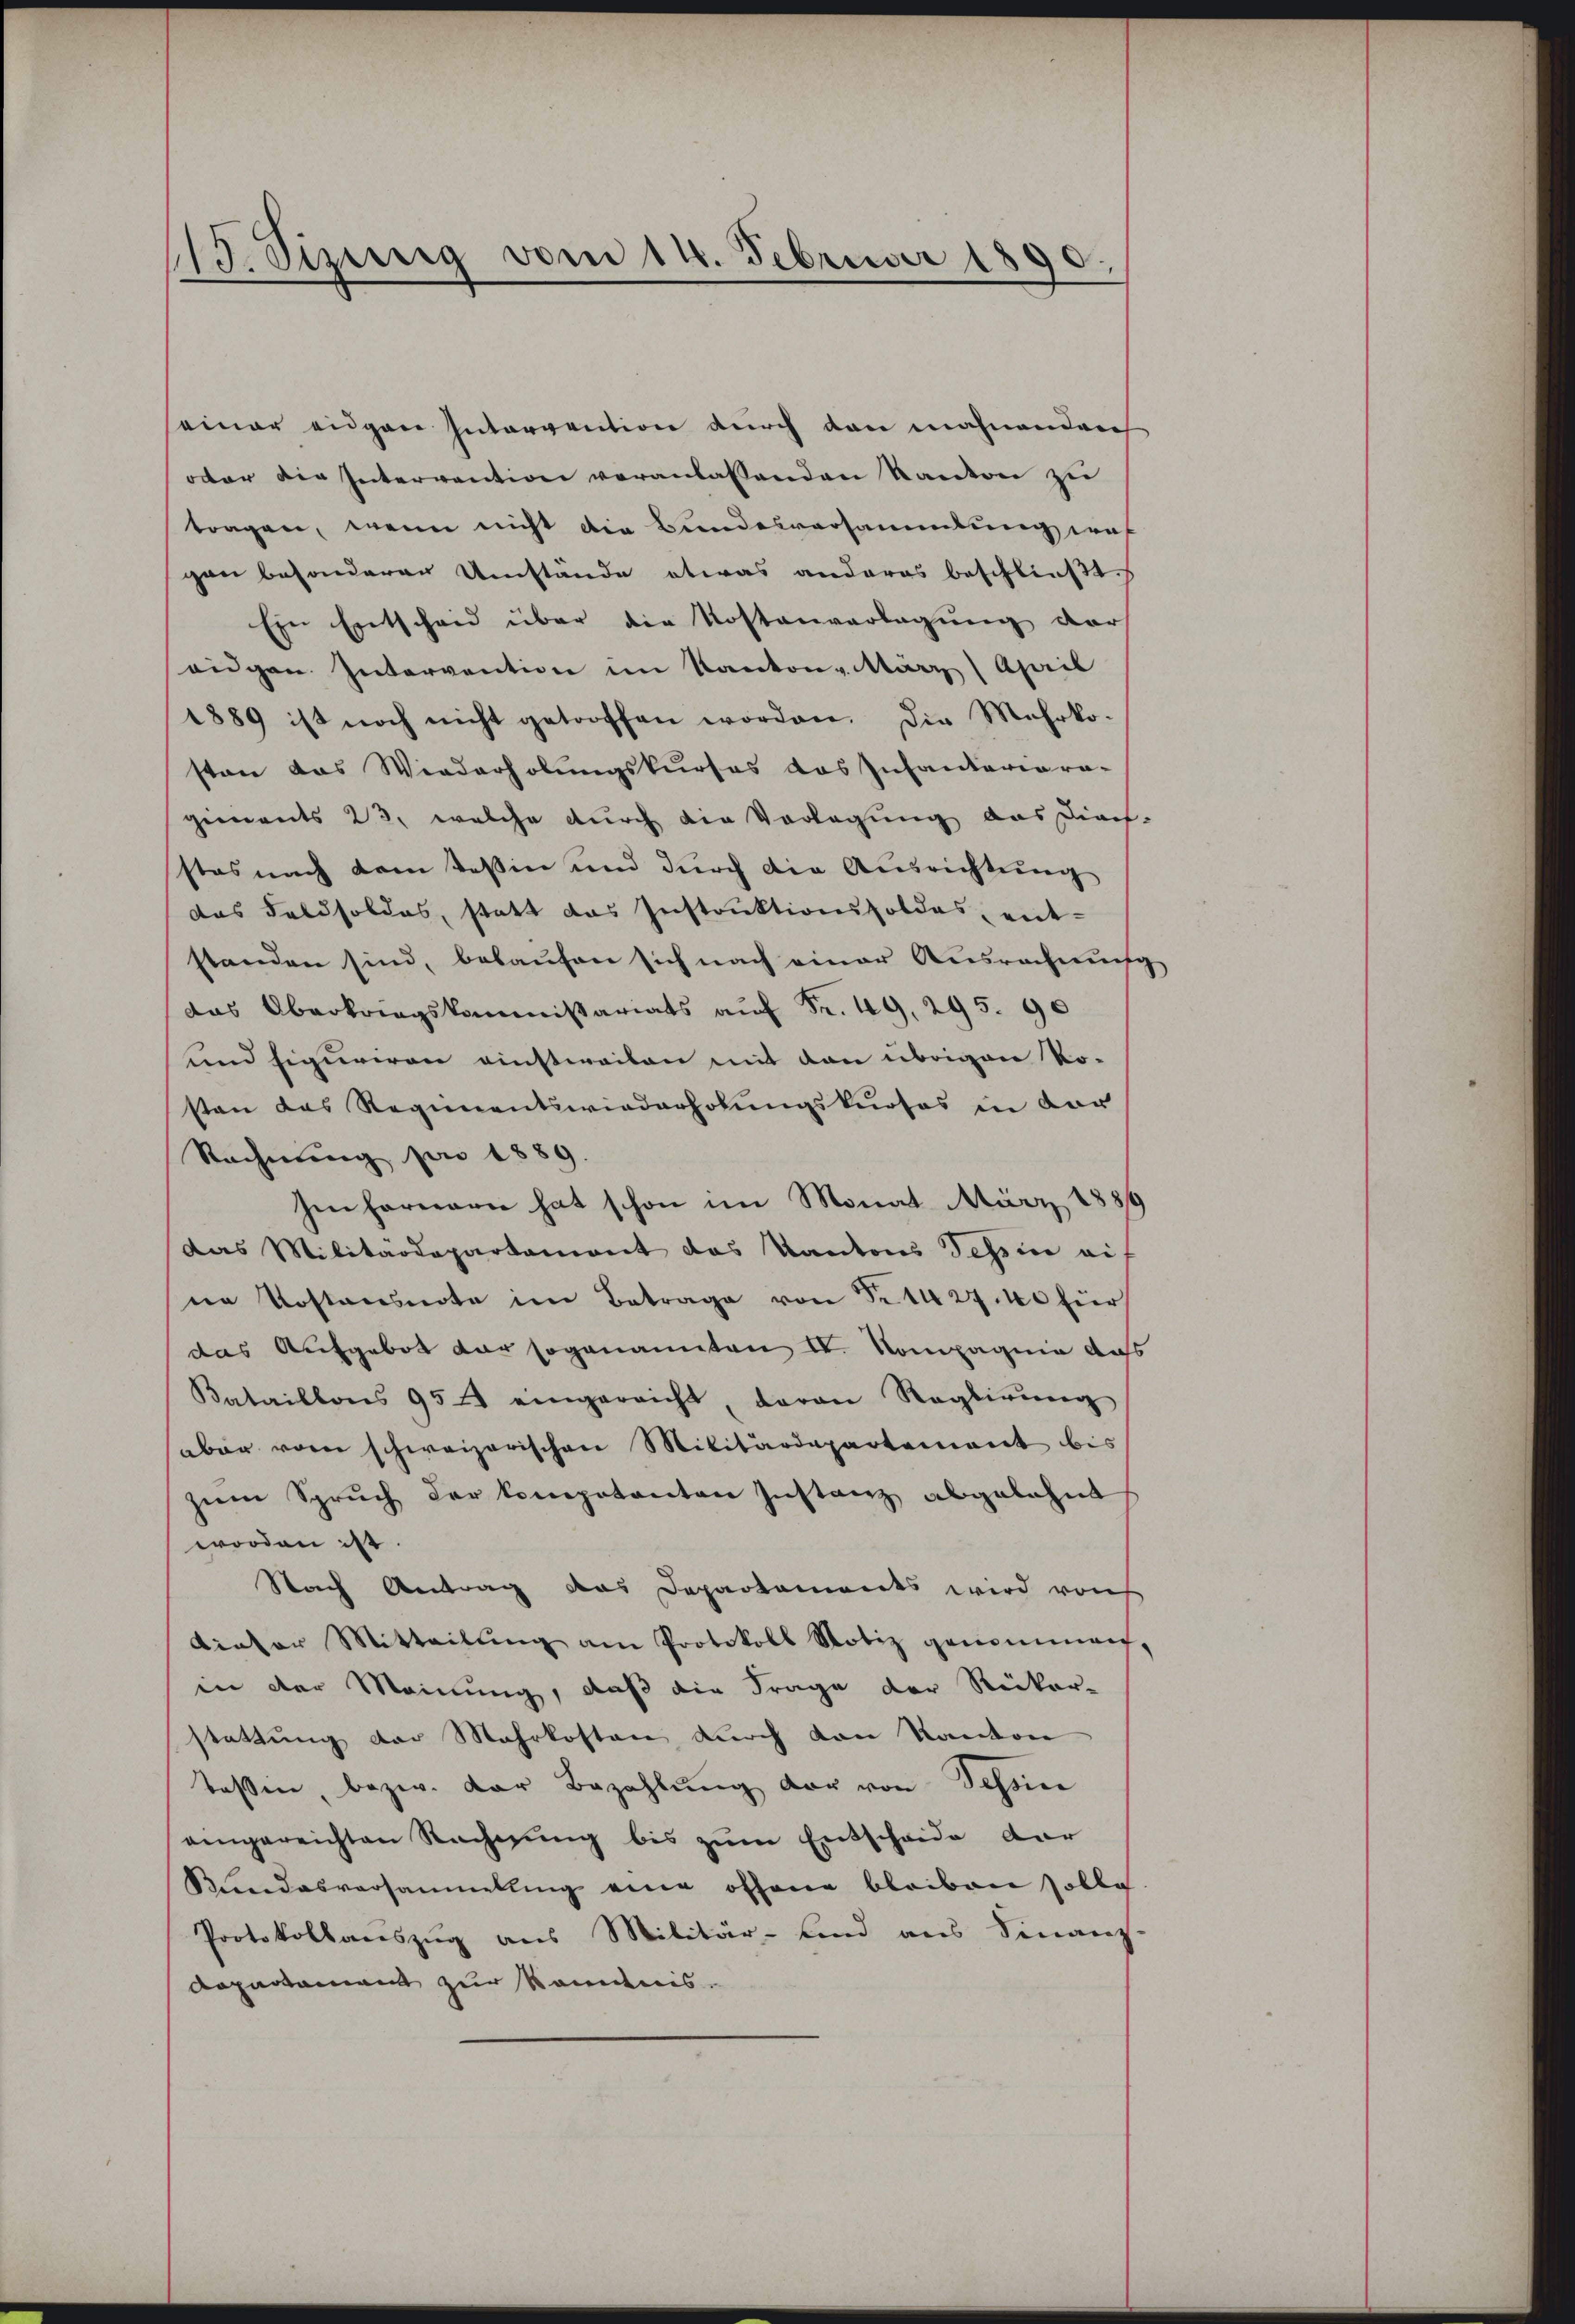
13. Sizinnig vom 14. Februar 1890.

seiner eigen Intervention durch den mahnenden
oder die Intervention veranlassenden Kanton zu
tragen, wenn nicht die Bundesversammlung was
gen besonderer Umstände etwas anderes beschließt
Ein Entscheid über die Kostenverlegŭng der
eigen Intervention im Kanton März (April
1889 ist noch nicht getroffen worden. Die Mehrko-
sten das Wiederholungskurses das Infantariara-
giments 23, welche durch die Vorlegung das Diach-
stes nach dem Tessin und durch die Ausrichtung
das Feldsoldes, statt das Instrŭktionsholdes, ent-
standen sind, belaufen sich nach einer Ausrechung
das Oberkriegskommissariats auf Fr. 49, 295. 90
und figuriren einstweilen mit den übrigen Ko-
sten das Regienentswiederholungskuosos in der
Rechnung pro 1889.
Ien fernern hat schon im Monat März 1889
das Militärdepartemont das Kantons Tessin ei
ne Kostensnote im Betrage von Nr. 1427. 40 für
das Aufgebot der sogenannten IV. Kompagnie aufs
Bataillons 954 eingereicht, daran Reglirŭng
aber vom schweizerischen Militärdepartement bis
zŭm Spruch der kompotanten Instanz abgelehnt
worden ist.
Nach Antrag das Departements wird von
dieser Mitteilŭng am Protokoll Notiz genommen,
in der Meinung, daß die Frage der Rücker-
stattung der Mehrkosten durch von Kanton
Tassen, bezw. der Bezahlŭng der von Tessin
anngereichten Rechnung bis zum Entscheide dar
Kundesversammlung eine offene bleiben solle
Protokollauszug aus Militär- sind aus Finanz
Dapartament zur kändnis.